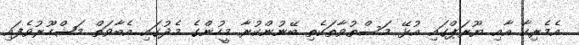
އެމެރިކާ އާއި ޔޫރަޕްގައި އުޅޭ މަސްތުވާތަކެތި ބޭނުންކުރާ މީހުންގެ މެދުގައި އެބާވަތް މަޝްހޫރުވެފައި